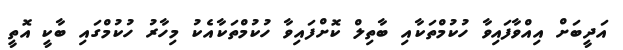
އަދީބަށް އިއްވާފައިވާ ހުކުމްތަކާއި ބާތިލް ކޮށްފައިވާ ހުކުމްތަކާއެކު މިހާރު ހުކުމްގައި ބާކީ އޮތީ